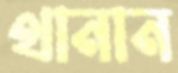
থানান